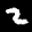
Label: 2